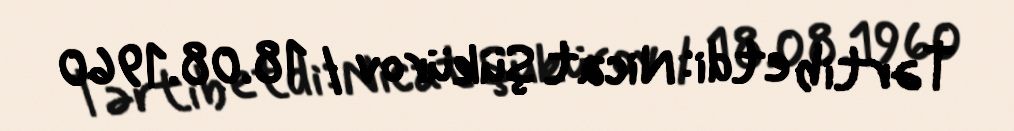
Tərtib etdi: Nicat Şükürov / 18.08.1960